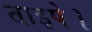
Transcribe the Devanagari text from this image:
ताइपे।